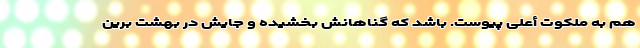
هم به ملکوت أعلی پیوست. باشد که گناهانش بخشیده و جایش در بهشت برین